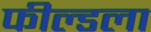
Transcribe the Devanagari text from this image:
फील्डला